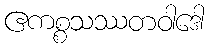
ဧကစ္စသဿတဝါဒေါ